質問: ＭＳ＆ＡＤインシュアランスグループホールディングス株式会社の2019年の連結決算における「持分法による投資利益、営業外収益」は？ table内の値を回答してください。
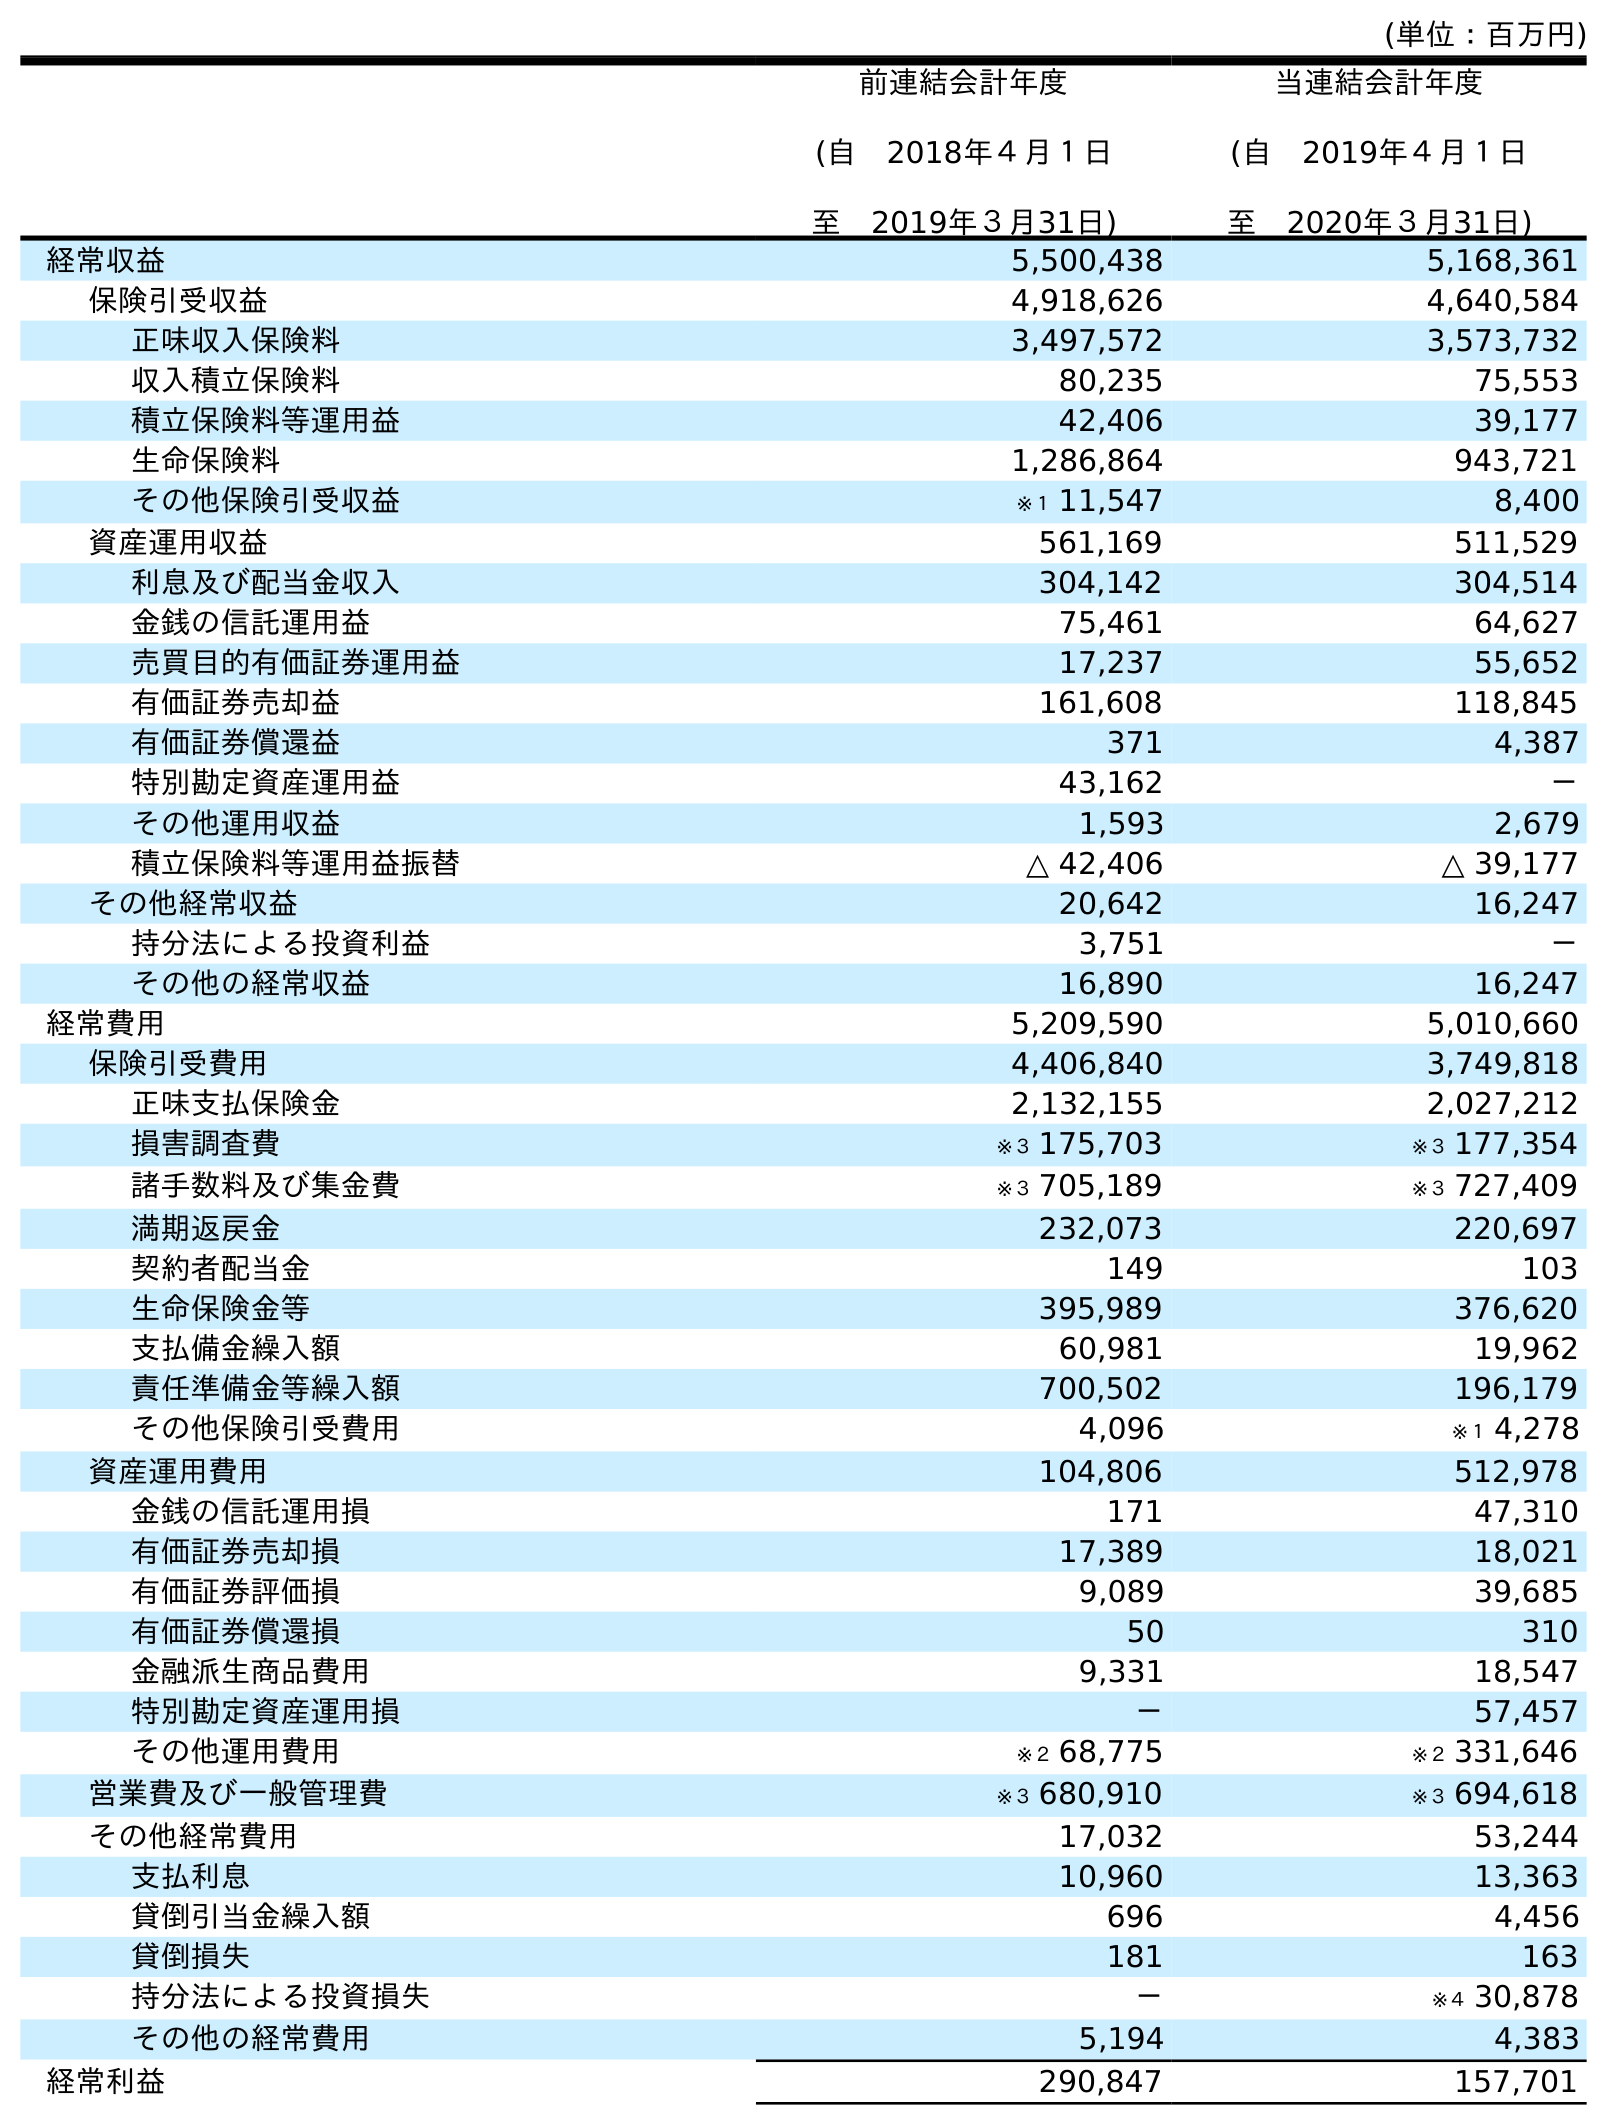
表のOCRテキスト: (単位：百万円) 前連結会計年度 (自 2018年４月１日 至 2019年３月31日) 当連結会計年度 (自 2019年４月１日 至 2020年３月31日) 経常収益 5,500,438 5,168,361 保険引受収益 4,918,626 4,640,584 正味収入保険料 3,497,572 3,573,732 収入積立保険料 80,235 75,553 積立保険料等運用益 42,406 39,177 生命保険料 1,286,864 943,721 その他保険引受収益 ※１ 11,547 8,400 資産運用収益 561,169 511,529 利息及び配当金収入 304,142 304,514 金銭の信託運用益 75,461 64,627 売買目的有価証券運用益 17,237 55,652 有価証券売却益 161,608 118,845 有価証券償還益 371 4,387 特別勘定資産運用益 43,162 － その他運用収益 1,593 2,679 積立保険料等運用益振替 △ 42,406 △ 39,177 その他経常収益 20,642 16,247 持分法による投資利益 3,751 － その他の経常収益 16,890 16,247 経常費用 5,209,590 5,010,660 保険引受費用 4,406,840 3,749,818 正味支払保険金 2,132,155 2,027,212 損害調査費 ※３ 175,703 ※３ 177,354 諸手数料及び集金費 ※３ 705,189 ※３ 727,409 満期返戻金 232,073 220,697 契約者配当金 149 103 生命保険金等 395,989 376,620 支払備金繰入額 60,981 19,962 責任準備金等繰入額 700,502 196,179 その他保険引受費用 4,096 ※１ 4,278 資産運用費用 104,806 512,978 金銭の信託運用損 171 47,310 有価証券売却損 17,389 18,021 有価証券評価損 9,089 39,685 有価証券償還損 50 310 金融派生商品費用 9,331 18,547 特別勘定資産運用損 － 57,457 その他運用費用 ※２ 68,775 ※２ 331,646 営業費及び一般管理費 ※３ 680,910 ※３ 694,618 その他経常費用 17,032 53,244 支払利息 10,960 13,363 貸倒引当金繰入額 696 4,456 貸倒損失 181 163 持分法による投資損失 － ※４ 30,878 その他の経常費用 5,194 4,383 経常利益 290,847 157,701
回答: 3,751